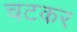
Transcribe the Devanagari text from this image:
चटकर